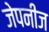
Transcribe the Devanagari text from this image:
जेपनीज